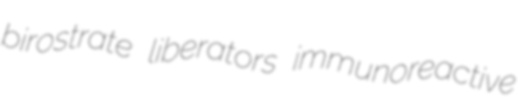
birostrate liberators immunoreactive